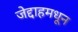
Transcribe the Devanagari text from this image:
जेद्दाहमधून